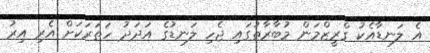
އެ ލަނޑާއެކު ގްރީޒްމަން މުބާރާތުގައި ޖެހި ލަނޑުގެ އަދަދު ހަތަރަކަށް އެރި އިރު